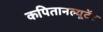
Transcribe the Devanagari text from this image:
कपितानल्यूटेंट